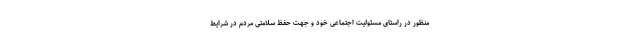
منظور در راستاى مسئولیت اجتماعى خود و جهت حفظ سلامتى مردم در شرایط